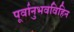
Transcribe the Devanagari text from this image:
पूर्वानुभवविहिन